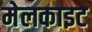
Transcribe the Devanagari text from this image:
मेलकाइट